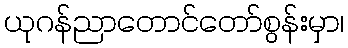
ယုဂန်ညာတောင်တော်စွန်းမှာ၊